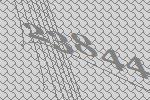
23844